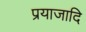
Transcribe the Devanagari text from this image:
प्रयाजादि